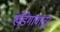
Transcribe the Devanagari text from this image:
खेडेगावातून